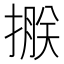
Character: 𢲂